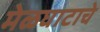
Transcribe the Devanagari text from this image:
मेळघाटाचे